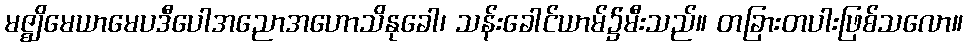
မဇ္ဈိမေယာမေပဒီပေါအညောအဟောသိနုခေါ၊ သန်းခေါင်ယာမ်၌မီးသည်။ တခြားတပါးဖြစ်သလော။